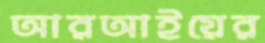
আরআইয়ের